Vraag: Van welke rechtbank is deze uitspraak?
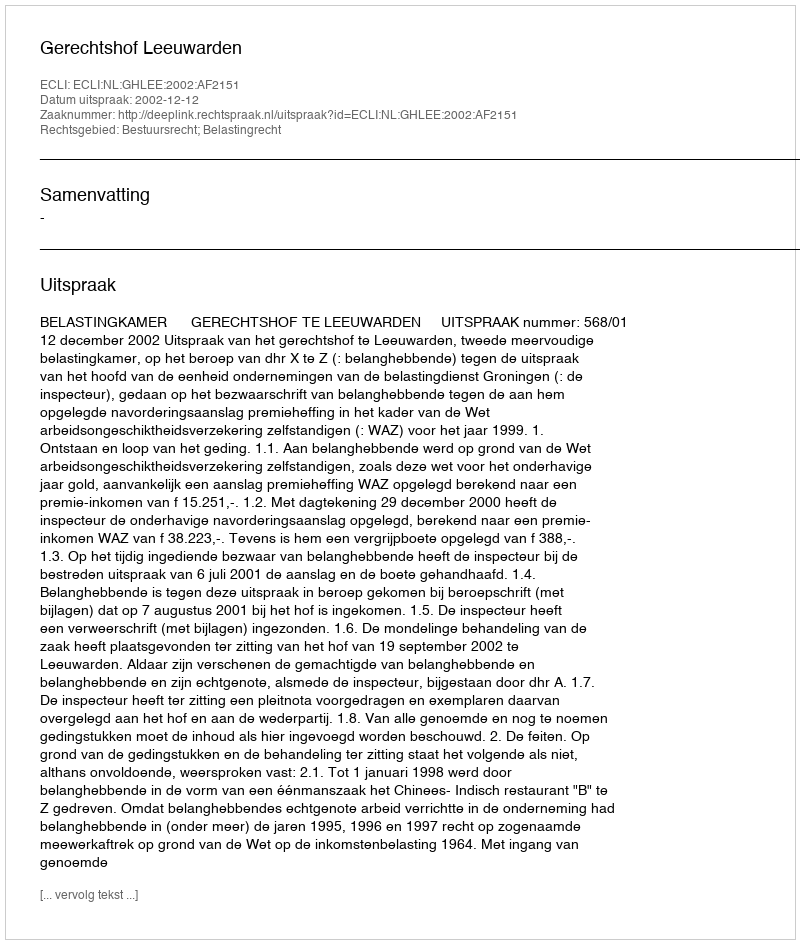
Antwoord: Gerechtshof Leeuwarden